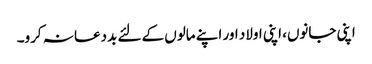
اپنی جانوں، اپنی اولاد اور اپنے مالوں کے لئے بددعا نہ کرو۔